Report on the bubonic plague in Bombay, 1896-1897
Year: 1896
Disease focus: Plague
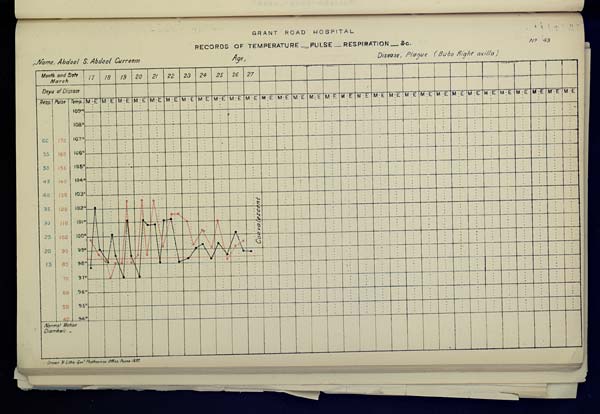
GRANT
ROAD
HOSPITAL
RECORDS OF TEMPERATURE __ PULSE __ RESPIRATION __ &c. No. 43
Name,
Abdool
S.
Abdool
Curreem
Age,
Disease,
Plague
(Bubo
Right
axilla)
Drawn & Litho: Govt. Photozinco: Office, Poona 1897.